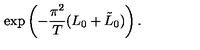
\exp \left( - \frac { \pi ^ { 2 } } { T } ( L _ { 0 } + \tilde { L } _ { 0 } ) \right) .